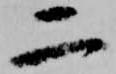
二